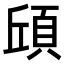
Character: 𮨆